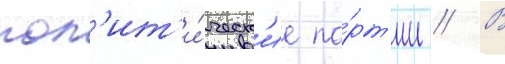
пол'ит'и́ческ'ие па́рт'ии // В